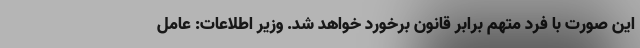
این صورت با فرد متهم برابر قانون برخورد خواهد شد. وزیر اطلاعات: عامل